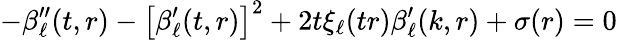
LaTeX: -\beta_{\ell}^{\prime\prime}(t,r)-\left[\beta_{\ell}^{\prime}(t,r)\right]^{2}+2t\xi_{\ell}(tr)\beta_{\ell}^{\prime}(k,r)+\sigma(r)=0